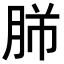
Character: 𦚿